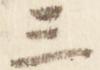
三